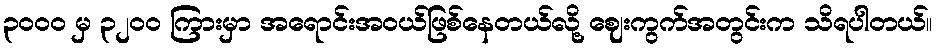
၃၀၀၀ မှ ၃၂၀၀ ကြားမှာ အရောင်းအဝယ်ဖြစ်နေတယ်လို့ ဈေးကွက်အတွင်းက သိရပါတယ်။